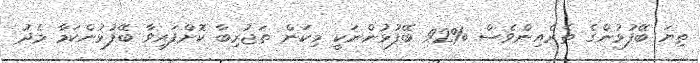
ތިޔަ ބޭފުޅުންގެ ތެރެއިންވެސް %92 ބޭފުޅުންނަކީ މިކަން ތަޖުރިބާ ކޮށްފައިވާ ބޭފުޅުންކަމާ މެދު